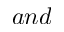
a n d